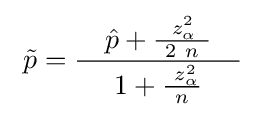
\ {\tilde {p}}={\frac {\quad {\hat {p}}+{\frac {\ z_{\alpha }^{2}\!\ }{\ 2\ n\ }}\quad }{\quad 1+{\frac {\ z_{\alpha }^{2}}{n}}\quad }}\